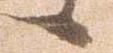
候